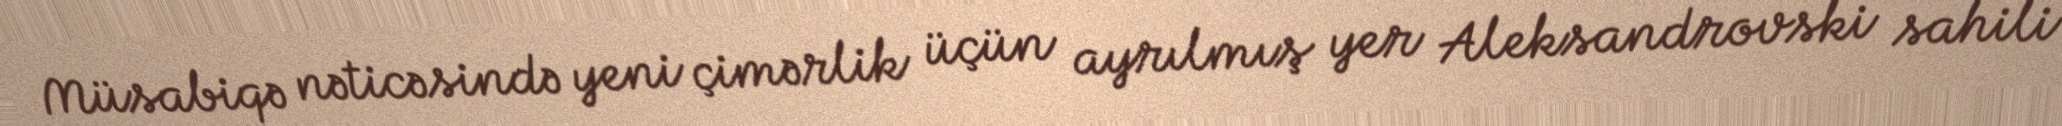
Müsabiqə nəticəsində yeni çimərlik üçün ayrılmış yer Aleksandrovski sahili